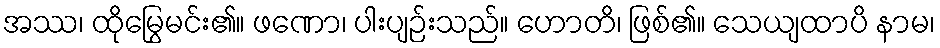
အဿ၊ ထိုမြွေမင်း၏။ ဖဏော၊ ပါးပျဉ်းသည်။ ဟောတိ၊ ဖြစ်၏။ သေယျထာပိ နာမ၊